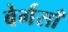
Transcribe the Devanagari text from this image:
बेर्गसाँ